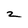
Character: 2